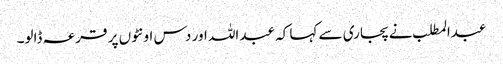
عبدالمطلب نے پجاری سے کہا کہ عبداللہ اور دس اونٹوں پر قرعہ ڈالو۔